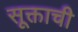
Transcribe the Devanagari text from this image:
सूक्ताची